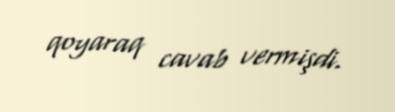
qoyaraq cavab vermişdi.